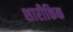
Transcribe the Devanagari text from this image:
शारीकिक